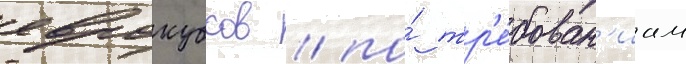
еврокубков / по́ тр'е́бован'иам